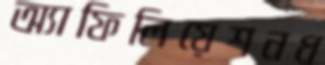
অ্যাফিলিয়েশনধ